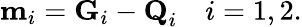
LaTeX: \textbf{m}_{i}=\textbf{G}_{i}-\textbf{Q}_{i}\quad i=1,2.